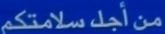
منْأجلسلامَت